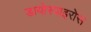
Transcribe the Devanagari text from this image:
डायोस्पाइरोस